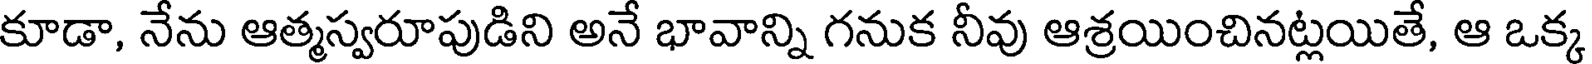
కూడా, నేను ఆత్మస్వరూపుడిని అనే భావాన్ని గనుక నీవు ఆశ్రయించినట్లయితే, ఆ ఒక్క